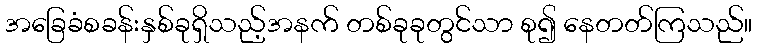
အခြေခံစခန်းနှစ်ခုရှိသည့်အနက် တစ်ခုခုတွင်သာ စု၍ နေတတ်ကြသည်။